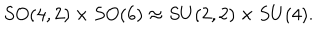
LaTeX: S O ( 4 , 2 ) \times S O ( 6 ) \approx S U ( 2 , 2 ) \times S U ( 4 ) .